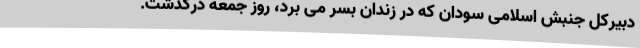
دبیرکل جنبش اسلامی سودان که در زندان بسر می برد، روز جمعه درگذشت.